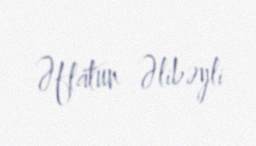
Əflatun Əlibəyli